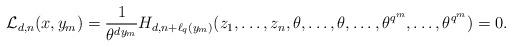
LaTeX: \begin{align*}\mathcal{L}_{d,n}(x,y_m)=\frac{1}{\theta^{dy_m}}H_{d,n+\ell_q(y_m)}(z_1,\dots,z_n,\theta,\dots,\theta,\dots,\theta^{q^m},\dots,\theta^{q^m})=0.\end{align*}